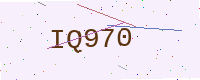
Text: IQ970